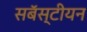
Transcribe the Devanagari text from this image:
सबॅस्टीयन